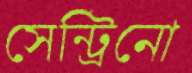
সেন্ট্রিনো